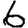
Digit: 6